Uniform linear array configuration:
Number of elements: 16
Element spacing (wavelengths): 0.25
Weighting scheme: exponential
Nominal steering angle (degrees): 45
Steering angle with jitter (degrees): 44.997
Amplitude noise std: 0.05
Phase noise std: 0.05

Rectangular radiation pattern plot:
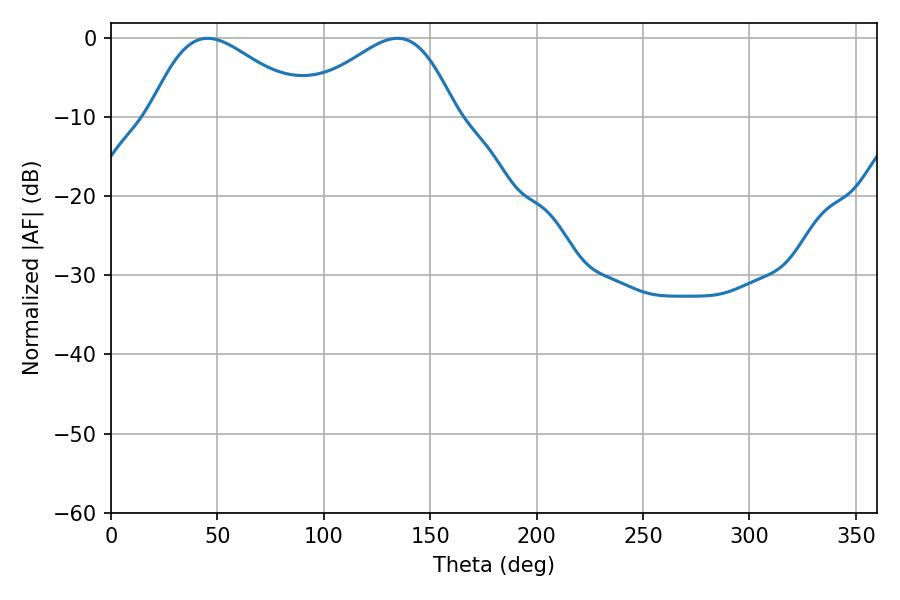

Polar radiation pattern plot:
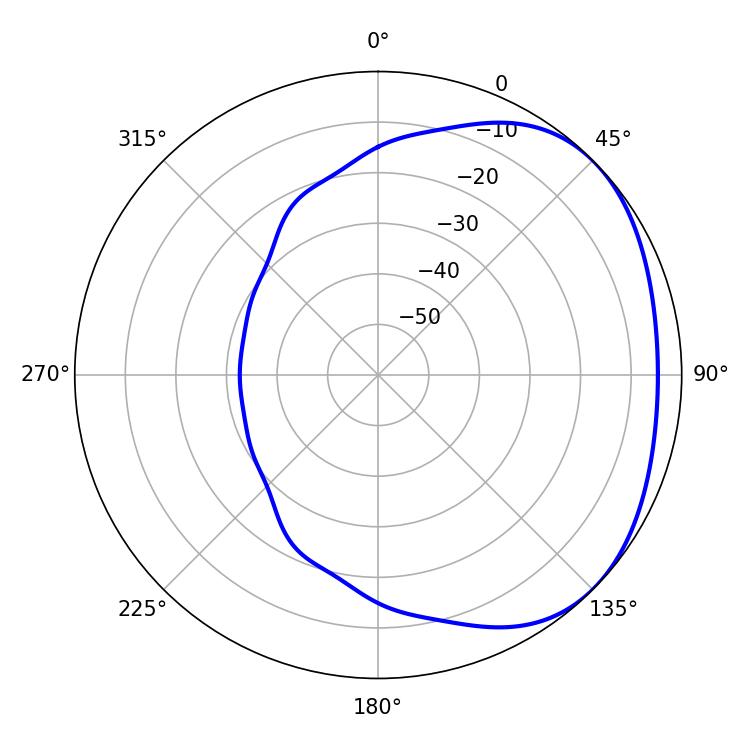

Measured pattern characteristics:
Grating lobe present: FALSE
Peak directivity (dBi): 2.446
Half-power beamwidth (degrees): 39.6
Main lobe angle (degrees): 45.36